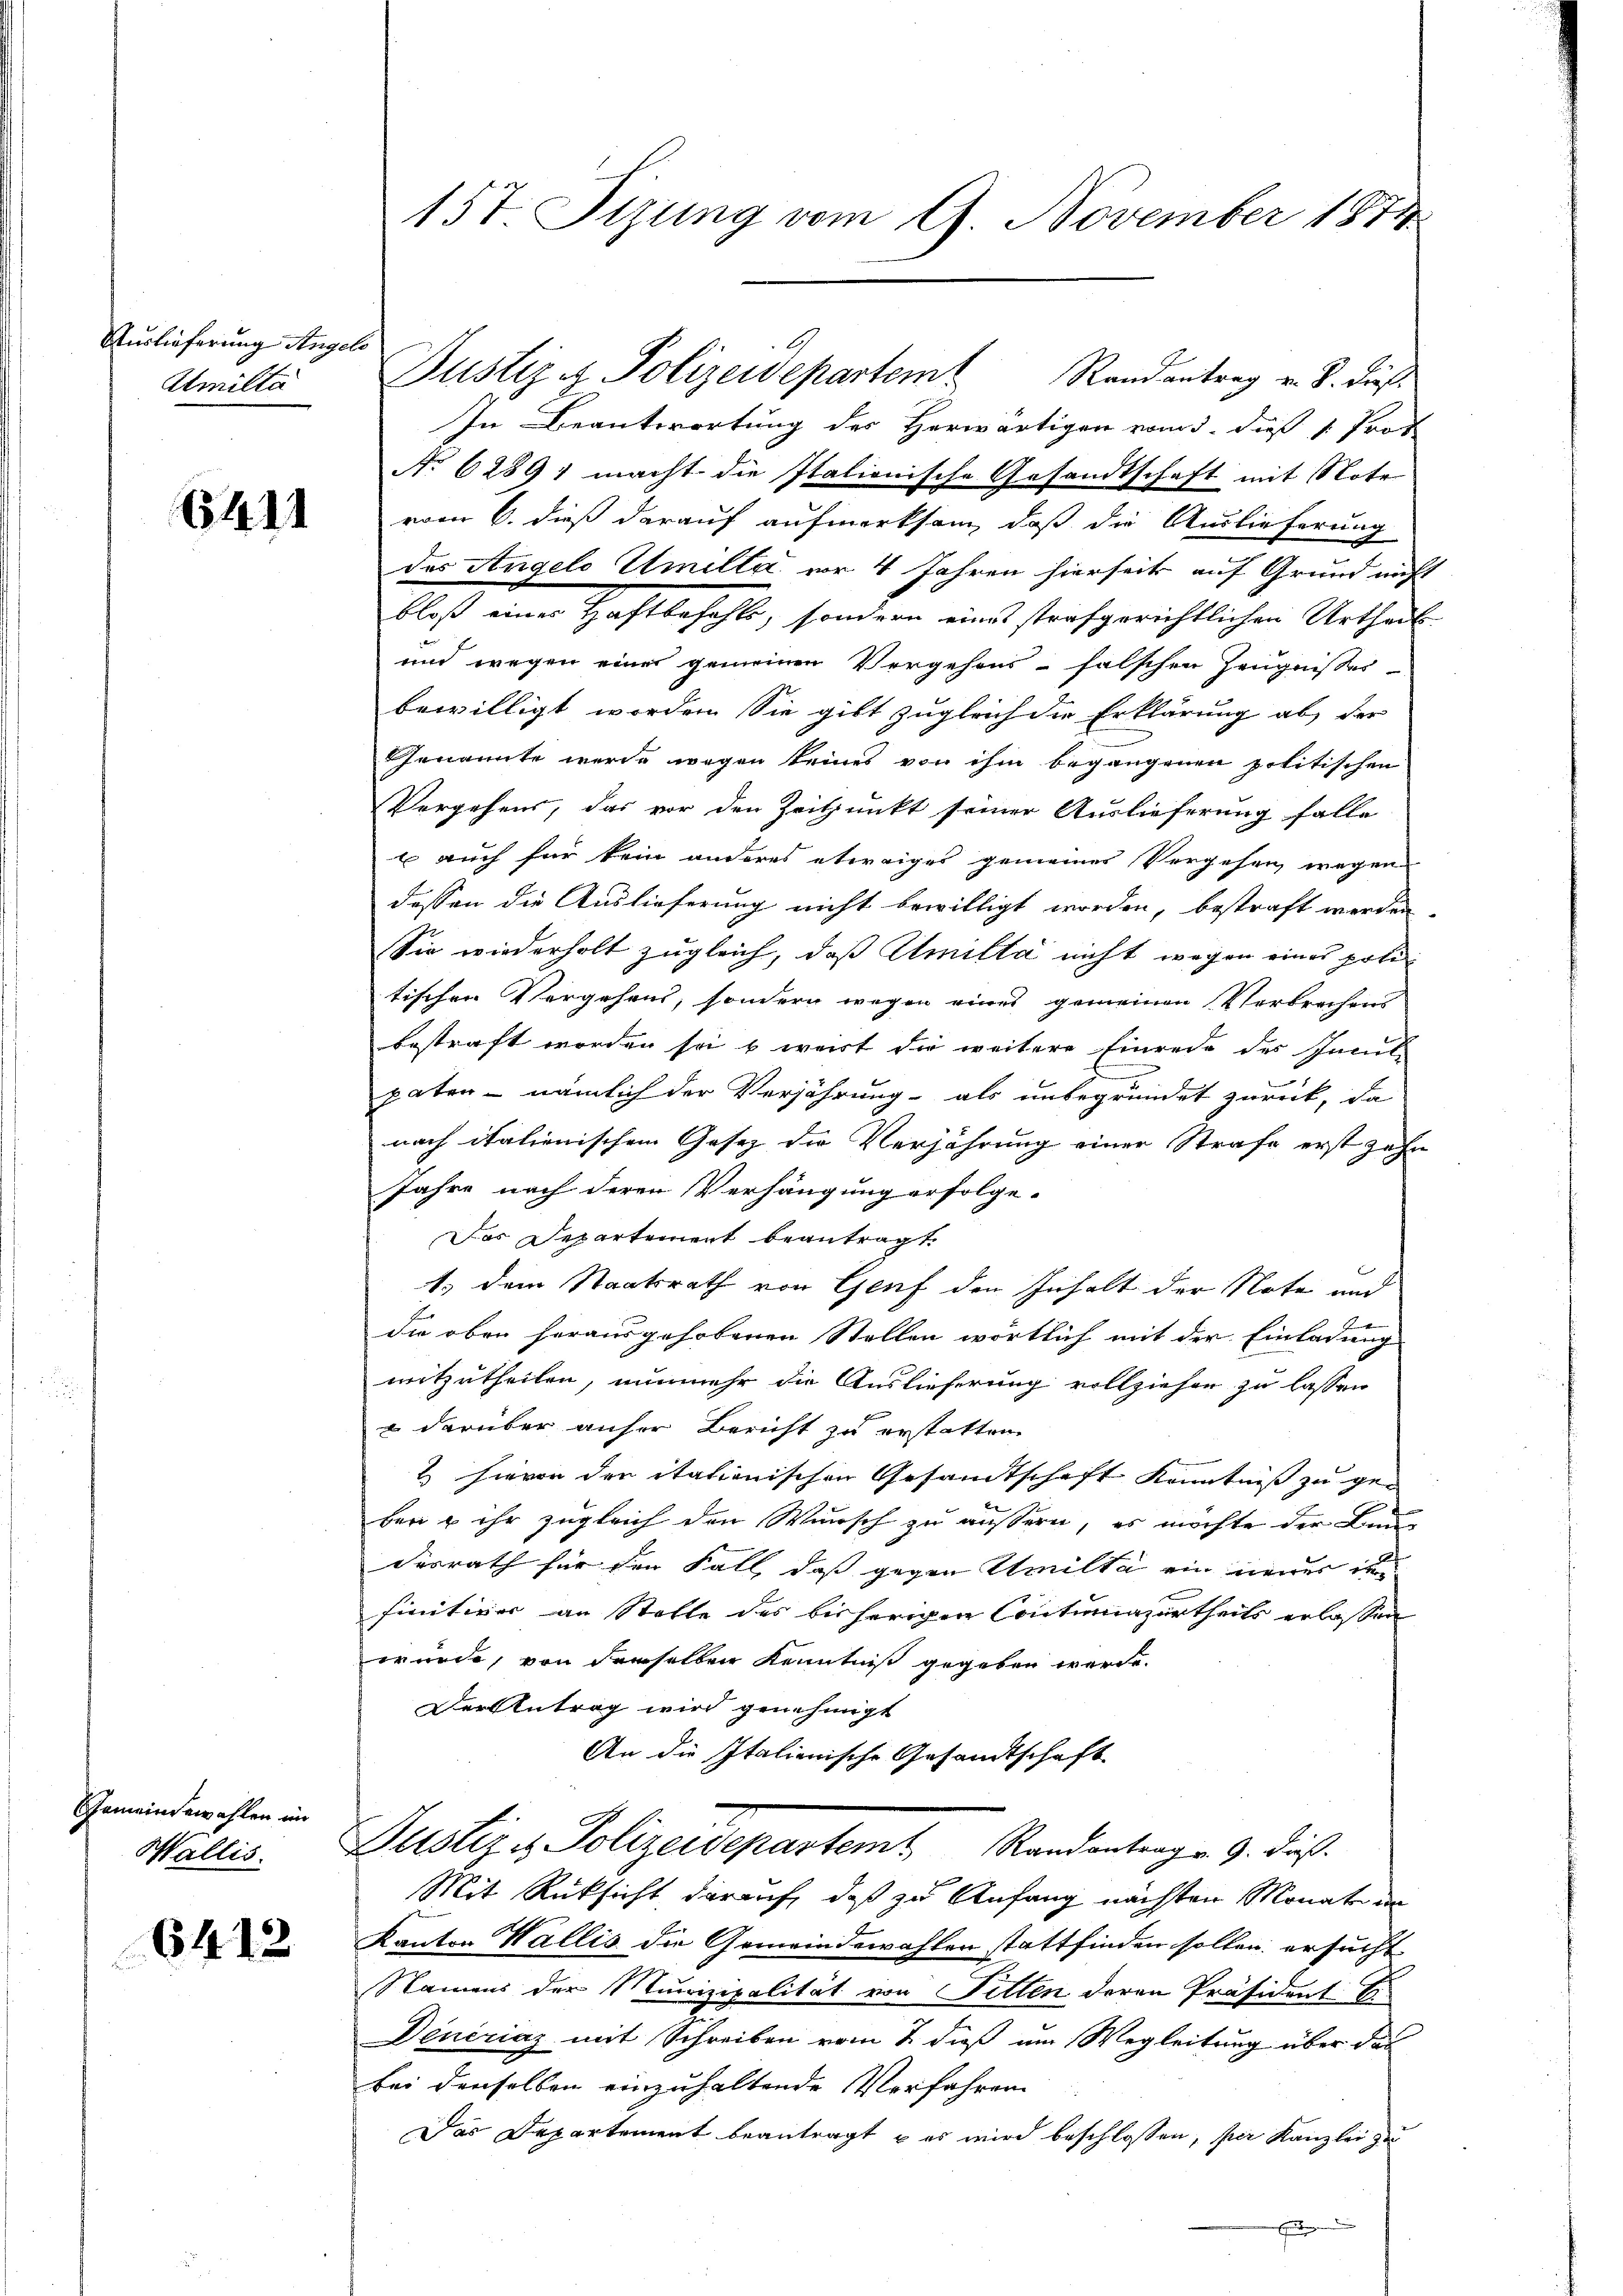
Auslieferung Angele
Amilta

6411

Gemeindewahlen im
Wallis.

6412

Randantrag v. S. dieß¬
In Beantwortung des Herwärtigen vom 5. dieß v. Prof
No 6289 1 macht die Italionische Gesandtschaft mit Note
vom 6. dieß darauf aufmerksam, daß die Auslieferung
des Angelo Umilta vor 4 Jahren hierseit auf Grund nicht
bloß einer Haftbefehle, sondern eines strafgerichtlichen Urtheil
und wegen einer gemeinen Vergehens-falschen Zeugnisses
bewilligt worden. Sie gibt zugleich die Erklärung ab, der
Genannte wurde wegen keines von ihm begangenen politischen
Vergehens, das vor den Zeitpunkt seiner Auslieferung falle
b auch für kein anderes etwaiges gemeiner Vergehen wegen
dessen die Auslieferung nicht bewilligt worden, bestraft werden.
Sie wiederholt zugleich, daß Amitta nicht wegen eines pritischen Vergehens, sondern wegen eines gemeinen Verbrechens
bestraft worden so wert die weitere Einrede des Innet
paten - nämlich der Verjährung als unbegründet zurück, da
nach italienischem Gesetz die Verjährung einer Strafe erst zahn
Jahre nach deren Verhängung erfolge-
Das Departement beantragt.
1) dem Staatsrath von Genf den Inhalt der Note und
die oben herausgehobenen Stellen wortlich mit der Einladung
mitzutheilen, nunmehr die Auslieferung vollziehen zu lassen
 darüber anher Bericht zu erstatten.
2 hievon den itationischen Gesandtschaft Kenntniß zu ge-
ber & ihr zugleich den Wunsch zu äußern, es möchte der Lan
desrath für den Fall, daß gegen Umilta ein neues in
finitiver an Stelle des bisherigen Contumazurtheils erlassen
erwert, von derselben Kenntniß gegeben werde.
Der Antrag wird genehmigt
An die Italienische Gesandtschaft
Justiz & Polizeidepartem Randantrag v. 9. dieß.
Mit Rüksicht darauf, daß zu Anfang nächsten Monate im
Kanton Wallis die Gemeindewahlen stattfinden sollen ersucht
Namens der Munizipalität von Fitten deren Präsident: E
Dencriaz mit Schreiben vom 2. dieß um Wegleitung über das
bei denselben einzuhaltende Verfahren
Das Departement beantragt u es wird beschlossen, per Kanzlei zu
.

157. Sitzung vom 9. November 1873

Justiz & Polizeidepartem